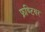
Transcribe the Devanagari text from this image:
फ्रण्टियर